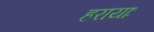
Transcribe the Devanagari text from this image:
हरायाः